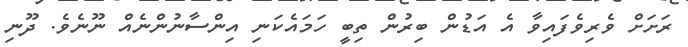
ރަށަށް ވެރިވެފައިވާ އެ އަޑުން ބިރުން ތިބީ ހަމައެކަނި އިންސާނުންނެއް ނޫނެވެ. ދޫނި